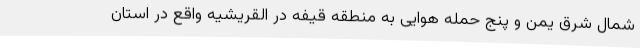
شمال شرق یمن و پنج حمله هوایی به منطقه قیفه در القریشیه واقع در استان